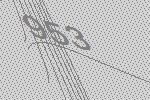
953